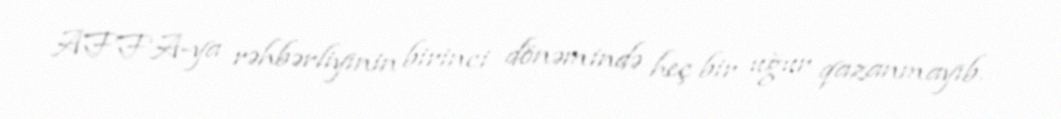
AFFA-ya rəhbərliyinin birinci dönəmində heç bir uğur qazanmayıb.